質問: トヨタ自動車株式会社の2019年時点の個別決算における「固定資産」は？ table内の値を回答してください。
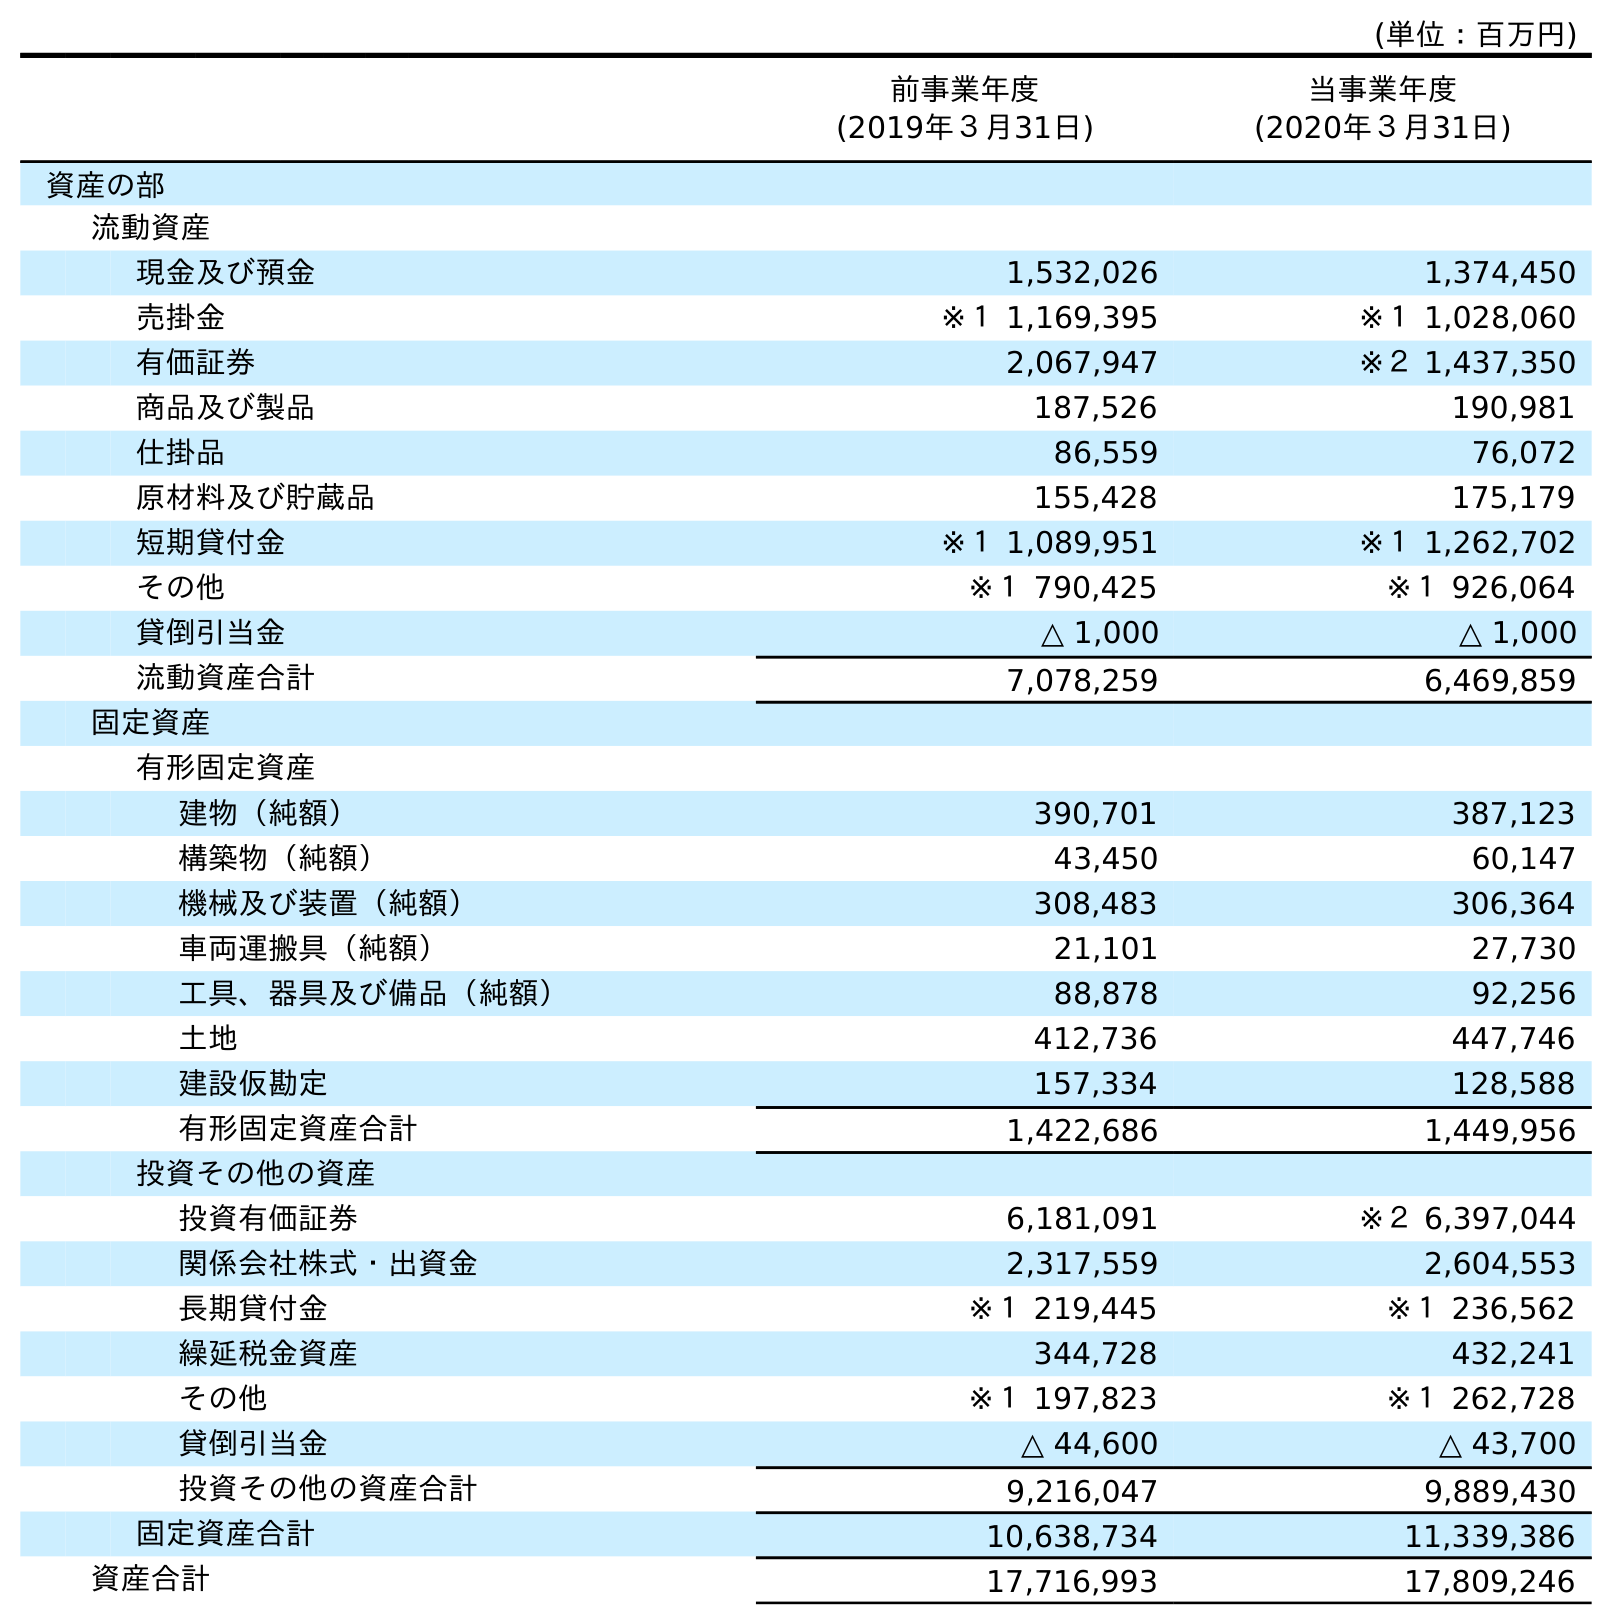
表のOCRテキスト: (単位：百万円) 前事業年度 (2019年３月31日) 当事業年度 (2020年３月31日) 資産の部 流動資産 現金及び預金 1,532,026 1,374,450 売掛金 ※１ 1,169,395 ※１ 1,028,060 有価証券 2,067,947 ※２ 1,437,350 商品及び製品 187,526 190,981 仕掛品 86,559 76,072 原材料及び貯蔵品 155,428 175,179 短期貸付金 ※１ 1,089,951 ※１ 1,262,702 その他 ※１ 790,425 ※１ 926,064 貸倒引当金 △ 1,000 △ 1,000 流動資産合計 7,078,259 6,469,859 固定資産 有形固定資産 建物（純額） 390,701 387,123 構築物（純額） 43,450 60,147 機械及び装置（純額） 308,483 306,364 車両運搬具（純額） 21,101 27,730 工具、器具及び備品（純額） 88,878 92,256 土地 412,736 447,746 建設仮勘定 157,334 128,588 有形固定資産合計 1,422,686 1,449,956 投資その他の資産 投資有価証券 6,181,091 ※２ 6,397,044 関係会社株式・出資金 2,317,559 2,604,553 長期貸付金 ※１ 219,445 ※１ 236,562 繰延税金資産 344,728 432,241 その他 ※１ 197,823 ※１ 262,728 貸倒引当金 △ 44,600 △ 43,700 投資その他の資産合計 9,216,047 9,889,430 固定資産合計 10,638,734 11,339,386 資産合計 17,716,993 17,809,246
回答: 10,638,734